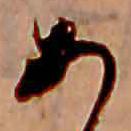
あ